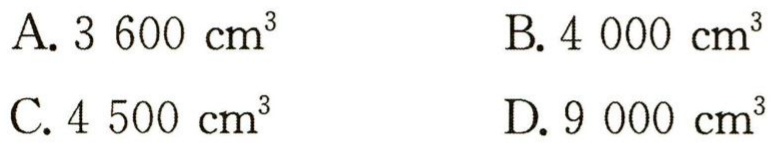
A. \(3\ 600\ \mathrm{cm}^{3}\)
B. \(4\ 000\ \mathrm{cm}^{3}\)
C. \(4\ 500\ \mathrm{cm}^{3}\)
D. \(9\ 000\ \mathrm{cm}^{3}\)